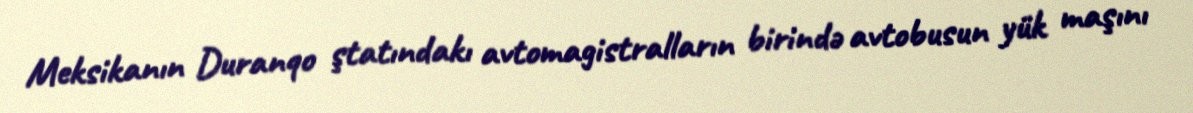
Meksikanın Duranqo ştatındakı avtomagistralların birində avtobusun yük maşını